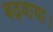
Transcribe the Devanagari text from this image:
बढ़वाया।